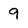
Character: 9